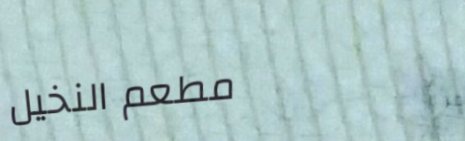
مطعم النخيل